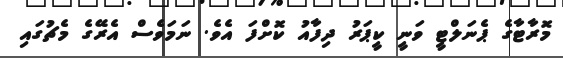
މޮރާޓާގެ ޕެނަލްޓީ ވަނީ ކީޕަރު ދިފާއު ކޮށްފަ އެވެ. ނަމަވެސް އެރޭގެ މެޗުގައި